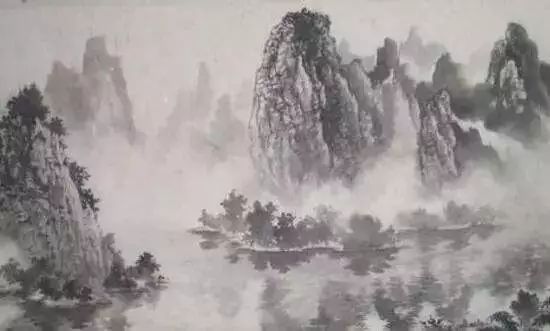
一年将尽夜，万里未归人。